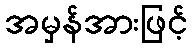
အမှန်အားဖြင့်